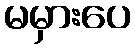
မမှားပေ